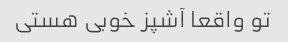
تو واقعا آشپز خوبی هستی